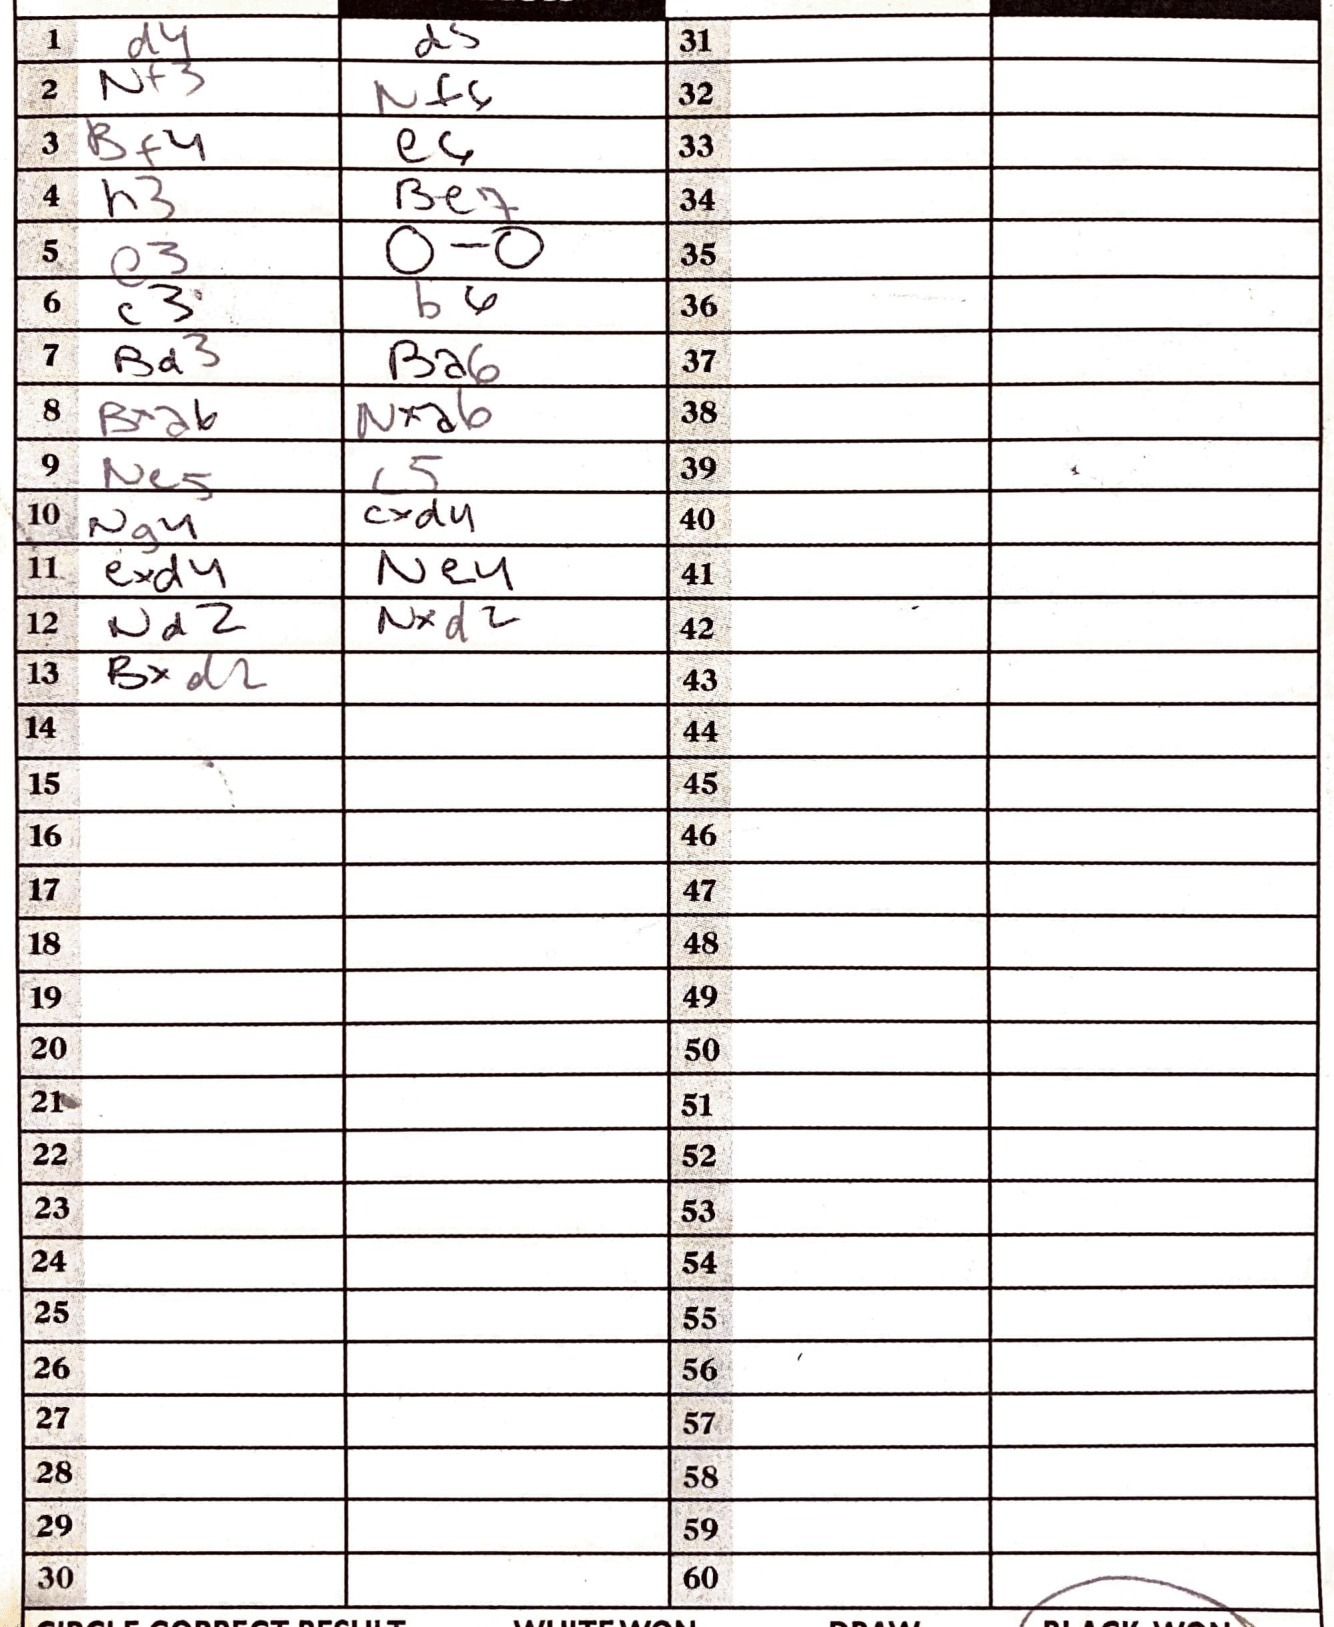
Moves: d4 d5 Nf3 Nf6 Bf4 e6 h3 Be7 e3 O-O c3 b6 Bd3 Ba6 Bxa6 Nxa6 Ne5 c5 Ng4 cxd4 exd4 Ne4 Nd2 Nxd2 Bxd2